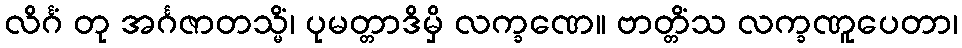
လိင်္ဂံ တု အင်္ဂဇာတသ္မိံ၊ ပုမတ္တာဒိမှိ လက္ခဏေ။ ဗာတ္တိံသ လက္ခဏူပေတာ၊